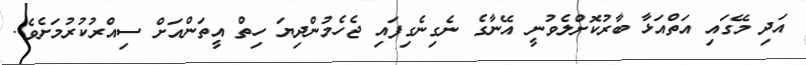
އަދި މޭގައި އަތްއަޅާ ބާރުކޮށްލެވުނީ އޭނާގެ ނެގިނެގިފައި ޖެހެމުންދިޔަ ހިތް އީތަންއަށް ސިއްރުކުރުމަށެވެ.